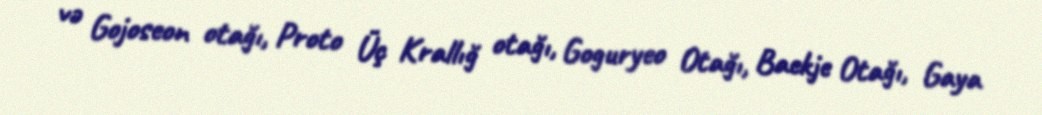
və Gojoseon otağı, Proto Üç Krallığ otağı, Goguryeo Otağı, Baekje Otağı, Gaya